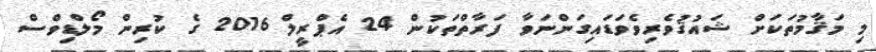
މި މަޤާމުތަކަށް ޝައުޤުވެރިވެވަޑައިގަންނަވާ ފަރާތްތަކުން 24 އެޕްރީލް 2016 ގެ ކުރިން މޯލްޑިވްސް